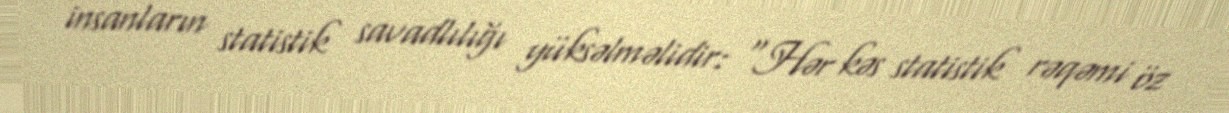
insanların statistik savadlılığı yüksəlməlidir: "Hər kəs statistik rəqəmi öz